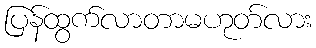
ပြန်ထွက်လာတာမဟုတ်လား